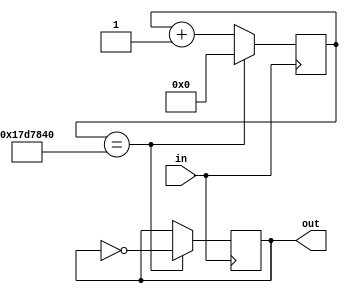
module low_counter
#(parameter N=26, DIV = 25'd25000000)
(input wire in,
output reg out);

reg [N:0] gen2;
wire [N:0] gen2_next;
wire counter_next;

always@(posedge in)
begin
	gen2 <= gen2_next;
	out <= out;
	if (gen2 == DIV) begin
	gen2 <= 0;
	out <= ~out;
	end
end

assign gen2_next=gen2 + 1'b1;
endmodule